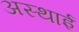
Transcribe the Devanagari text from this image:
अस्‍थाई